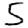
Digit: 5